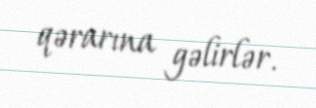
qərarına gəlirlər.